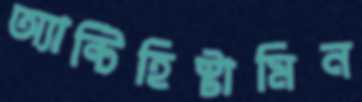
অ্যান্টিহিস্টামিন